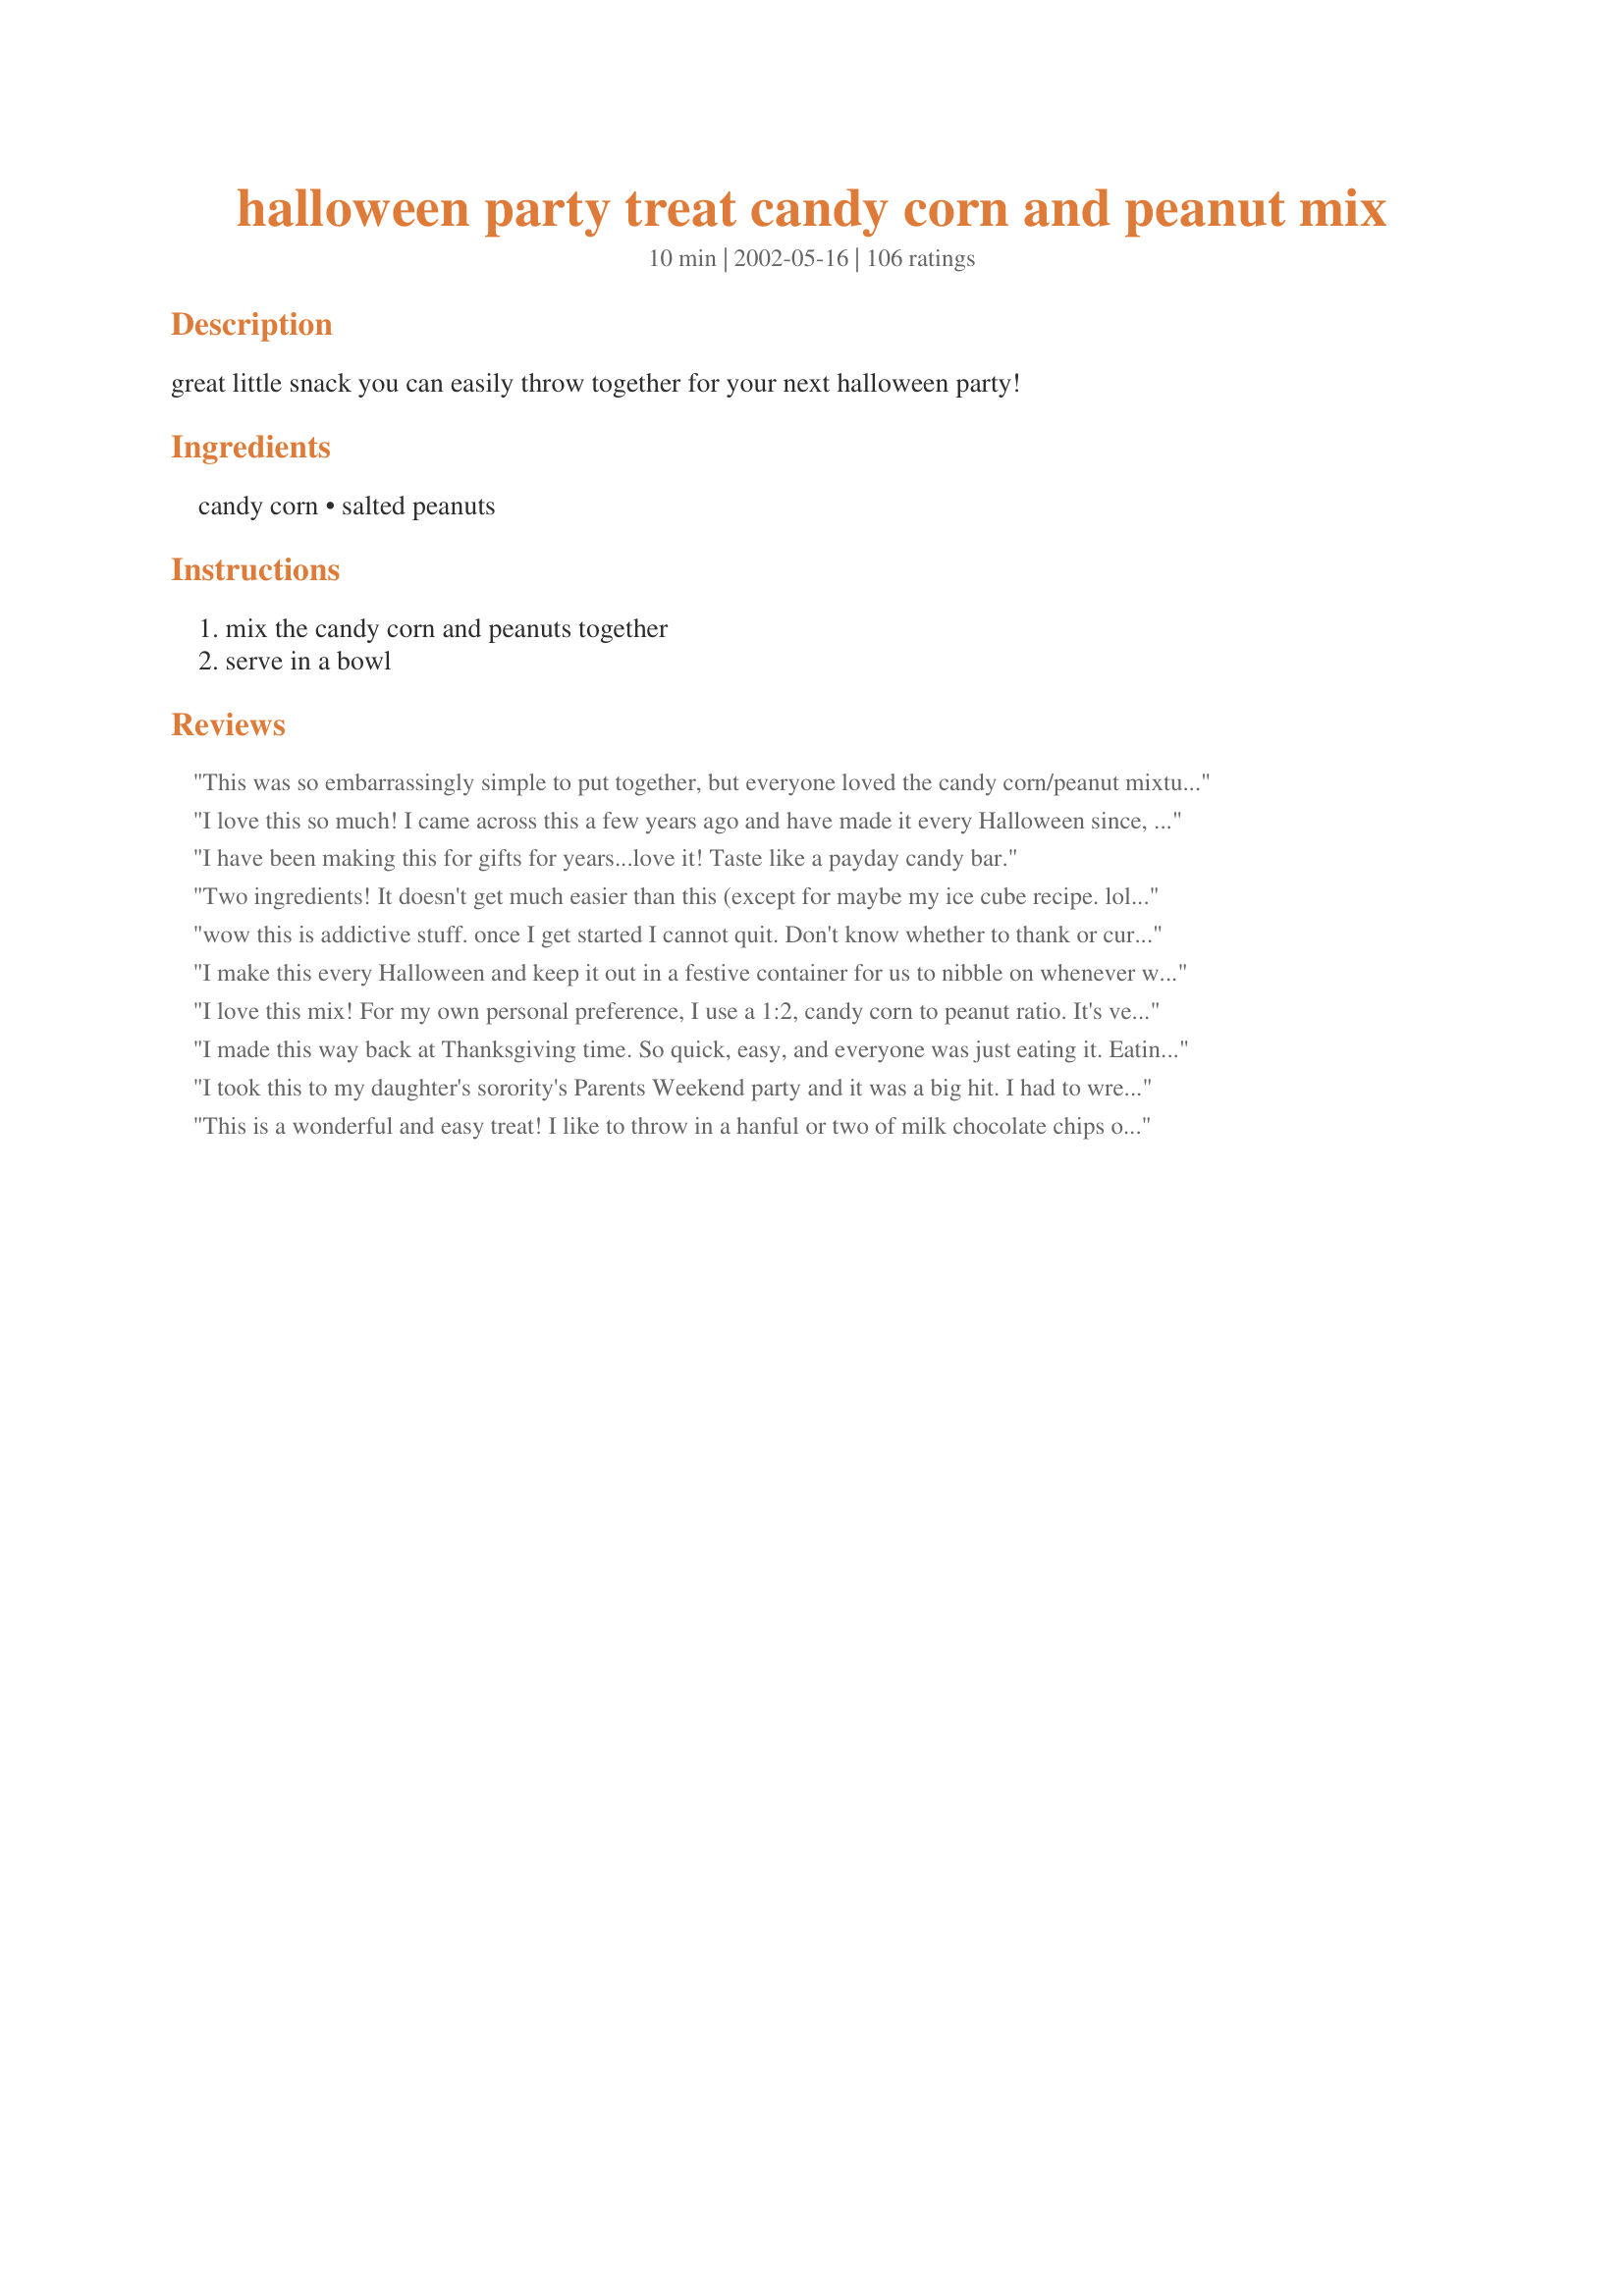
halloween party treat candy corn and peanut mix
Preparation time: 10 minutes

great little snack you can easily throw together for your next halloween party!

Ingredients:
candy corn, salted peanuts

Steps:
mix the candy corn and peanuts together, serve in a bowl

Reviews:
This was so embarrassingly simple to put together, but everyone loved the candy corn/peanut mixture! I placed them in a crystal bowl, and the bowl and mixture made a very pretty autumn centerpiece....that is, until the candy corn and peanuts got gobbled up!!! Now I'll have to make some more. (At least I won't have to slave over a hot stove for this one!)
I love this so much! I came across this a few years ago and have made it every Halloween since, and it's always a hit. I don't even like candy corn much by itself, but this is the perfect salty/sweet combination. As others have said, it tastes very much like a Payday candy bar.
I have been making this for gifts for years...love it! Taste like a payday candy bar.
Two ingredients! It doesn't get much easier than this (except for maybe my ice cube recipe. lol)! I made this years ago for a Halloween party and it disappeared. I think that a ghost took it all! I had forgotten about this recipe. Thanks for posting it!
wow this is addictive stuff. once I get started I cannot quit. Don't know whether to thank or curse you!!! Guess it has to be a thank you
I make this every Halloween and keep it out in a festive container for us to nibble on whenever we want. It is yummy! My kids love it, too.
I love this mix! For my own personal preference, I use a 1:2, candy corn to peanut ratio. It's very addictive!
I made this way back at Thanksgiving time. So quick, easy, and everyone was just eating it. Eating too much of it. Hard to stop. LOL. A winner. I will definitely be making this again.
I took this to my daughter's sorority's Parents Weekend party and it was a big hit. I had to wrestle it away from my daughter! The combination is just terrific and the recipe couldn't be simpler. It is definately a keeper. Thanks for posting the recipe!!!!
This is a wonderful and easy treat! I like to throw in a hanful or two of milk chocolate chips or M&M candies for a little something extra. YUMMY!!!
So simple, So good!!
I love to make this using cashews (DH demands it!). I purchased a clear glass pumpkin at WalMart to pu the corn in. A pretty presentation! :)
Took this to work and it only lasted 1 day. Very Very Yummy!!! A Must Try!!
My husband is in heaven. Salted Nut rolls are one of his favorite candy bars. I think that if I added M&M's (for the chocolate), it would be more like a Baby Ruth. Still, a winner here. Thanks for posting.
Made this snack mix for a family get together. Everyone liked it. they thought it tasted like a salted nut roll.

Thanks for such a good and easy recipe. Bullwinkle
Made it for our son's party and was great. Thanks for a wonderful recipe.
Not only does this look like fall and halloween, it tastes good too! I just had to try it! From now on it will be a "Must Have" around the house at halloween. Thanks for sharing!
Oh, the memories this brings to mind. My dear grandmother always had corn candy and salted peanuts for a snack. This memory goes back at least 60 years ago. Great together, sweet and salty.!!!!
Yummy! I used Brach's Candy Corns and a high quality peanut, it was great. Many of the guests (and me) thought it DID taste like a PayDay candy bar. Thank you for such an easy and tasty recipe.
This is sooo good. It really does taste like a Baby Ruth. Thank you so much, I'll be making it again and again.
I was never a big fan of candy corn and could always pass by it in the store. Now I can't, my sister got me started on this stuff and I can't wait to get the really fresh candy corn at the beginning of the season.
This is SO good! I would have never thought to put the two together. Great recipe!
How much simpler can a recipe get??? I love Payday candy bars and this mixture is very similar to one. Depending on how fresh the candy corn is, this mixture is creamier than the candy bar. Great snack, festive, cheap :)
With all the great reviews, I had to try this. I used the dry roasted peanuts and I bought a mixture of the Brach's candy corn and candy pumpkins. Really colorful! I filled up a candy bowl with this and took it to work. Everyone raved about it. Thanks for such a simple but yummy recipe!

I had this at a wedding recently and I went nuts (haha) over it! what a treat! I have made it twice since then- it's a great snack!!
This is the best mix! My kids love to share this with their friends. They always ask me to make the "payday" mix. TASTES just like a payday candy bar. Easy to remember and easy to fix. Thanks for sharing.
Addictive!! My father-in-law always made this to have around the house for the grandkids and himself. But I always thought it tasted like a Salted Nut Roll, I love that candy bar. So if you don't want to get hooked on this stay FAR AWAY because it is just the best.
Made this during the fall season for the first time ,my family loved it ,I made 3 times in the month of October...What a great fall treat!!
This is my favorite Fall time snack.... its a tradition at our home
Couln't be easier to make, this is just simple and tasty. Love the salty/sweet combo!
Yummy!
Get outta here! I was floored when I tried this, as was my family. We don't even like candy corn but this was so ridiculously easy I had to give it a whirl. Love it!
Oh yeah!! I just bought my candy corn and peanuts today and it's great! It does taste more like Salted Nut Roll to me but who cares - it's yummy! I really have never liked candy corn but buy it for dh - I'm afraid we're going to have to battle for them now! Try it!
Have been making this for years. Tastes just like Payday candybars. Thanks for posting!
Made this for when the DGSs were visiting but it was enjoyed by all and truly did taste like a Payday, thanks Kim for a fun and easy recipe
Love it...we just used it for our party favors for our wedding on October 11th!
We think these taste like a Payday candy bar. Yummy! My niece was worried about income so we gave her a payday in a bag and a card of love and support. My husband is thinking on giving his employees an extra pay this holiday along with his Christmas gift. Just some sweet fun to bring a smile and tasty too!
PayDay, PayDay, PayDay!!!!
So easy and so good. Warning very addicting!!!!! lol!
i work at a grocery store and one of my customers told about this also he said many of his friends put in M&M too for a chocolate covered payday bar taste....iti s a great way to have some fall munchies
I like a two peanut to one candy corn ratio. LOL.
A store clerk asked me if I liked PayDay candy bars when I was buying a bag of candy corn. He told me to get a can of salted peanuts and mix them a ratio of 4 peanuts to 1 candy corn. Hmmm, not bad! Forgot about it until I saw your recipe. Thanks for the post!
This is the best!!!! YUMMY! It tastes just like a Payday. Thanks for posting this recipe.
Can't stay away from this, it is sooooo good. Maid this up yesterday and asked DH if he would like to try it, he looked at it and said no thanks. He must have tried it after I went to bed, because this morning he said tonight I should hide it. LOL, I will if there is any left.
I'll add my rave review in with all the others. I made this last weekend to take to a tailgate party and we all loved it. I added M&M's to it and it did taste just like a baby ruth!!
I agree that this mix tastes like a Payday or Salted Nut Roll. This is so yummy. I bought the cute pastel colored easter candy corn and mixed it with the peanuts. Same exact taste of course as the other, just a pretty easter theme to use in the candy dishes around the house. If you are skeptical about trying this you will be pleasantly surprised at how good it tastes and what a nice treat it makes. Thanks KimmieOH for the fun recipe!!
Not a candy corn fan either but this mix is delish! I used Indian corn (brownish candy corn; tastes the same).
Made this today for one of our offices when they had a incredibly bad day.. It was SO good, I didn't want to give it away.. This will become a tradition in my home.. and I don't even like candy corn.. but this different.
Doesn't get easier than this but nothing says fall like it! Wonderful contrast. Add some halloween M&M's for an extra special treat.
Love this stuff we have made it for years and use to take it to boyscott camp.
I find if you eat 3 peanuts to 1 candy corn, you get the best flavor overall. My husband made me make this for him and I fell in love with it. It's like eating peanut butter fudge without the hasel of making it.
Made this for a group of girls. They loved it! I added an equal part of M&M's. It was very festive and tasted great!! Thanks!!
a lady from work year's and year's ago gave this to me, the family and friend can't wait for halloween.BRACH"S is the only candy corn you should use.
i buy candy bowl and make gifts.
i've been making this for over 20yrs.
My husband who loves trail mix and candy fell in love with this. I made my first batch last night and we have given some to our friends and family, so I have now had to make my 2nd batch.
Thanks for sharing this easy and delicious snack.
We've Been Eating These Two Together for YEARS! Never even thought about posting this but Thank you for posting it so others might enjoy this WONDERFUL treat!!!!
I agree with the remark that this tastes like a Payday candy bar -- one of my favorites! Thanks, KimmieOH, for the recipe: a bowl of this among the fall goodies is definitely high on my list from now on.
Great mix, been making this for years!!! Totally addicting!
I use to make this for Girl Scouts. It was a big hit. How can you go wrong--mix, stir and eat. Wonderful!
I thought this recipe sounded great. Paydays are one of my favorite candy bars. I bought the candy corn and the peanuts, told my oldest daughter what i was going to make, she reserved her opinion, told my youngest and my DH they both said, "No, I don't think so." I made it at about 1:00pm the whole bowl was gone by 5:00. All 4 of us loved it. Thanks for posting!
This is wonderful!! Is now one of our favorite snacks during the fall season!!
I would never have thought of this mix. I used Brachs candy corn and dry roasted peanuts. Soooo good and soooo addicting!!!! Thanks for sharing!
I made this for my father in law, and he loved it! My husband also loved it, but made me get rid of it before he ate too much! I also melted a little chocolate and poured it on the mix to give it a little more Baby Ruth,less nut roll taste! Thanks for posting!
I would never eat either of these on their own, but my mom brought the combo back from her office and insisted I try it... it's great! And such an easy, fast recipe too.
Made this for my son's cub scout meeting, a batch for home and a batch for on my desk at work. Everyone enjoyed this mixture! This was easy to put together. I followed the recipe as written. Made for Fall PAC 2008.
A friend just taught my kids to do this last week and they loved it. They are anxious to buy candy corn at the store tomorrow so they can enjoy it again. A surprisingly easy and yet tasty combo!
One of my aerobics instructors was talking about this a week or so ago, and then I saw this posted and started thinking about it. I had told my husband and so he bought the supplies this morning (though he got unsalted peanuts) and it is wonderful! Originally when I had told him that it tasted like a Baby Ruth he didn't believe me. But one bite and he said "It does!" Addictive stuff!!
I love Payday Candy bars, therefore, I love this recipe!! Festive looking also!!!
dh and I really liked this. It'll be something different to put out on Thanksgiving.
Good to see this on the zaar. We would take this treat to the football games when my kids were little some 40 yrs ago.
Saw all the reviews and thought "no way is this going to taste like a payday candy bar" boy was i wrong.So easy and quick to put together.I think I'm going to be in trouble with this one.Thanks for the great recipe
This is awesome and so simple-everyone quickly became addicted! Thanks-a new Halloween tradition for us
This combination is so good! We've been making this for a while now in the office, tastes JUST like a Payday candy bar! LOVE IT!!!
This is great....I used a mix of dry roasted peanuts, dry roasted cashews and dry roasted almonds with the candy corn.....very addictive!!!!
My mother in law loved this. It tastes like a payday!
This is such a pleasant surprise! It tastes a bit like a crunchy version of the bit-o-honey candies. DH and I both loved it (I like sweet, he likes salty)
I don't like candy corn but a friend told me about this tasting like a payday candy bar so I had to try it. It works! It really does taste like a Payday. Now I buy candy corn just so I can make this.
I don't know if I had too high of expectations from all the reviews but it tastes just like I thought. It's a good mix don't get me wrong but nothing I consider raving about...sorry.
This really is a great recipe! I first had it several years ago at Bunco. It is so easy and nearly everyone loves it!
Very tasty combination and so easy to make! Thanks for posting!
This is so good and so easy, Very adicting! I will be making this for a treat for myself, it just can't be beat.Thanks for posting. Reminds me of a payday.
When I saw this I knew it would be a hit.Oh yes,taste just like a Payday bar!Thanks so much
I just loved the combo. It really does taste like a babe ruth bar. For some reason, the kids didn't think it did. Kids! I liked it.
This is stupendous. I took the batch to work and everyone just sat there saying...MMMmmm...Incredibly easy and so delicious. Warning: highly addictive.
To die for!! Love the sweet~salty combo. My hubby and I couldn't stop eating!
I put this in cute little jars and gave one to my sister and took some to the ladies at work. They loved it!
I'm eating this as I type! I was leary at first but I wanted something to take to the football game this weekend and this sounded different. This would be good to have in dishes at a Super Bowl party or any entertaining get togethers! I used equal amounts of each I didn't do the full 8 cups worth!
I love both peanuts and candy corn, and after reading all the rave reviews, I am really REALLY surprised that I only like this rather than love it. I did like this better with a few M&M's thrown in - it reminded me of a Snickers then. Thank you for posting.
Have been makin this for about 4 years. Reminds us of a payday candy bar. Yummy!
Yummy!! Yummy!! Yummy!! Need I say more!!!
This is sooo yummy ... I always put it together with dry roasted peanuts. Will have to try mixing in some Halloween M&M's ...
-M =)
We make this every fall. DH's grandma always has this in her candy dish. The combo of salty peanuts and sweet candy corn are a perfect match. I think it tastes like a salted nut roll. Thank you for posting.
Haven't actually tried this personally, but this makes a lot of sense that the taste would be very similar to a Payday candy bar. I love candy corn and love peanuts. Dry-roasted, salted would probably come the closest. Pretty cool, thanks for sharing, will try to stock up (I love Paydays and miss being able to eat them and this is a safer substitute.)
omg!! this is so addicting!! i would have never believed that this combo would taste soooo good...and yes...just like payday!!
I used chocolate flavored candy corn and dry roasted unsalted nuts and this is so good!

MY OH MY. (Translate to Mine All Mine!) I'll never look at candy corn the same way again, after trying this simple combination! A fantastic 2 ingredient recipe...
I have never had a Payday bar but after reading the reviews I had to try it. YUM YUM YUM and YUM!!!!! I love the mix of sweet and salty. . a PMS'ing womans dream mix! Even my Mum who is a picky wench asked for more. Thank you.
I always have a dish of this in October. The kids know once I take my pumpkin candy bowl out, this mix is going in. So simple but good.
This is nice but add M&M's and you really have a spectacular treat. Choose your M&M colors to match your occasion. Fantastic!!!
Throw in some Cheetos! YUMMY!
I used this recipe in little treat bags for preschoolers & added 1 cup of cheerios to the mix. It was a big success! Thanks for sharing this great & simple idea!
So so simple. We have done this for years when candy corn is for sale in every isle it seems. It taste just like a Payday candybar. Nougat with peanuts.
This is good! Something different from my usual chocolate snacks.
Yes, it's wonderful, BUT, never try to go cheap on the "Candy Corn". BRACH's has candy corn made with REAL Honey, and you can tell the difference if you try to use the off brands. ALSO, I started adding M & M's. I've even tried the Honey Roasted Peanuts. They are all GREAT!
A coworker made this every day around Halloween a couple of years ago, and it went like crazy! It was soooo yummy, and I'm not even a big candy corn fan.
Delicious combination. Never would have dreamed it!
This is a great combo. This recipe bring back memories of Girl Scouts, my mother was a trop leader and always made this as one of the treats for the troop Halloween party. Made a batch and set on my desk at work and the goblins had it polished off with in the hour. Thanks so much for the post.
